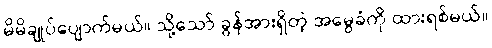
မိမိချုပ်ပျောက်မယ်။ သို့သော် ခွန်အားရှိတဲ့ အမွေခံကို ထားရစ်မယ်။